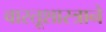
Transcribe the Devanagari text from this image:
वास्तूशास्त्राने